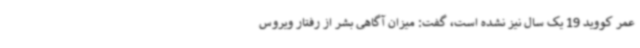
عمر کووید 19 یک سال نیز نشده است، گفت: میزان آگاهی بشر از رفتار ویروس